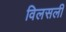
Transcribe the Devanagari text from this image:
विलसली